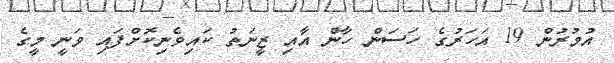
އުމުރުން 19 އަހަރުގެ ހަސަން ހާން އާއި ޒީނަތު ކައިވެނިކޮށްފައި ވަނީ މީގެ